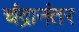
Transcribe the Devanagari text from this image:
चंद्रानंतर